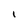
Character: I